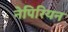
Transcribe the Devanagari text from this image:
नेपिरियन